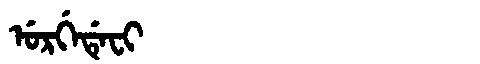
Manchu: ᡠᡵᡤᡝᡩᡝᠸᡳ
Romanization: URGEDEFI